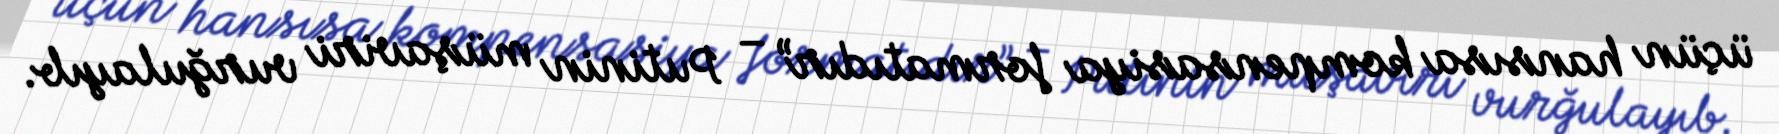
üçün hansısa kompensasiya formatıdır” – Putinin müşaviri vurğulayıb.